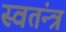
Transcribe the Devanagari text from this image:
स्वतंन्त्र